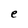
Character: e